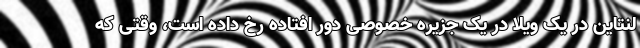
لنتاین در یک ویلا در یک جزیره خصوصی دور افتاده رخ داده است، وقتی که